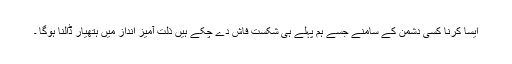
ایسا کرنا کسی دشمن کے سامنے جسے ہم پہلے ہی شکست فاش دے چکے ہیں ذلت آمیز انداز میں ہتھیار ڈالنا ہوگا ۔